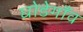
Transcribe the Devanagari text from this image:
घोडेगाँव